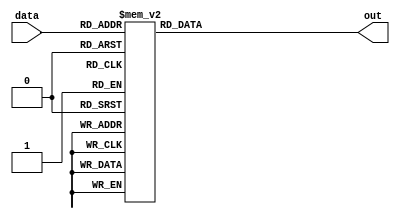
module encoder(
    input [3:0] data,
    output reg out
);

always @(*)
begin
    case(data)
        4'b0000: out = 1'b1;
        4'b0001: out = 1'b0;
        4'b0010: out = 1'b1;
        4'b0011: out = 1'b0;
        4'b0100: out = 1'b1;
        4'b0101: out = 1'b0;
        4'b0110: out = 1'b1;
        4'b0111: out = 1'b0;
        4'b1000: out = 1'b1;
        4'b1001: out = 1'b0;
        4'b1010: out = 1'b1;
        4'b1011: out = 1'b0;
        4'b1100: out = 1'b1;
        4'b1101: out = 1'b0;
        4'b1110: out = 1'b1;
        4'b1111: out = 1'b0;
    endcase
end

endmodule